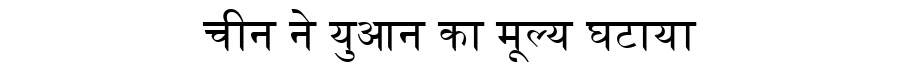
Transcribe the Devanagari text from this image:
चीन ने युआन का मूल्य घटाया